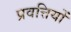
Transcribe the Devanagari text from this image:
प्रवत्तियों